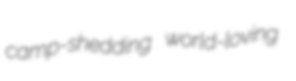
camp-shedding world-loving